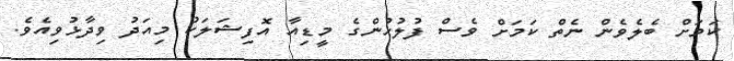
ކަމަށް ބެލެވެން ނެތް ކަމަށް ވެސް ފުލުހުންގެ މީޑިއާ އޮފިޝަލަކު މިއަދު ވިދާޅުވިއެވެ.